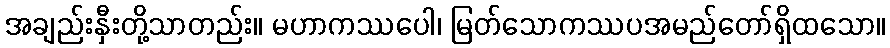
အချည်းနှီးတို့သာတည်း။ မဟာကဿပေါ၊ မြတ်သောကဿပအမည်တော်ရှိထသော။